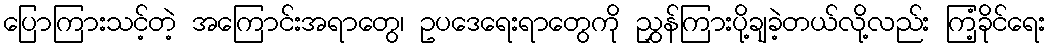
ပြောကြားသင့်တဲ့ အကြောင်းအရာတွေ၊ ဥပဒေရေးရာတွေကို ညွှန်ကြားပို့ချခဲ့တယ်လို့လည်း ကြံ့ခိုင်ရေး